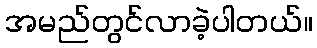
အမည်တွင်လာခဲ့ပါတယ်။